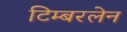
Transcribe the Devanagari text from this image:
टिम्बरलेन